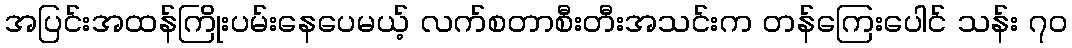
အပြင်းအထန်ကြိုးပမ်းနေပေမယ့် လက်စတာစီးတီးအသင်းက တန်ကြေးပေါင် သန်း ၇၀